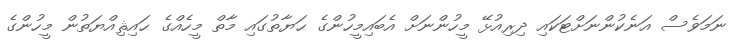
ނަމަވެސް އަނެކުންނަށްޓަކައި ދިރިއުޅޭ މީހުންނަށް އެބައިމީހުންގެ ޙަޔާތުގައި މާތް މީހެއްގެ ޙައިޘިއްޔަތުން މީހުންގެ